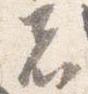
者